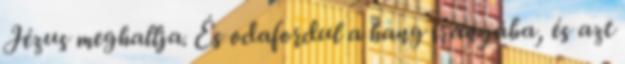
Jézus meghallja. És odafordul a hang irányába, és azt